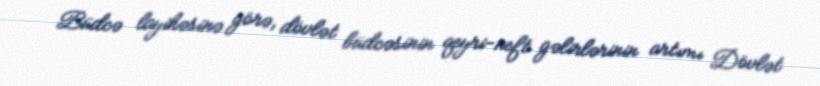
Büdcə layihəsinə görə, dövlət büdcəsinin qeyri-neft gəlirlərinin artımı Dövlət